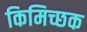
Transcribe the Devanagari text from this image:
किमिच्छक